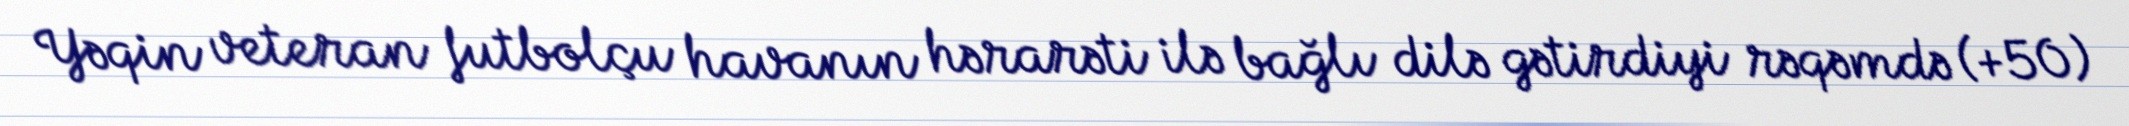
Yəqin veteran futbolçu havanın hərarəti ilə bağlı dilə gətirdiyi rəqəmdə (+50)